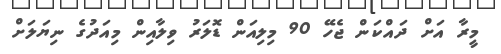
މީރާ އަށް ދައްކަން ޖެހޭ 90 މިލިއަން ޑޮޮލަރު ވިލާއިން މިއަދުގެ ނިޔަލަށް